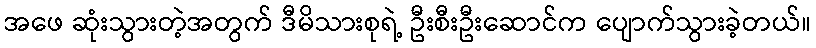
အဖေ ဆုံးသွားတဲ့အတွက် ဒီမိသားစုရဲ့ ဦးစီးဦးဆောင်က ပျောက်သွားခဲ့တယ်။